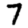
Digit: 7